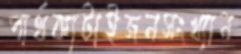
পার্থক্যটাইজনসংখ্যান